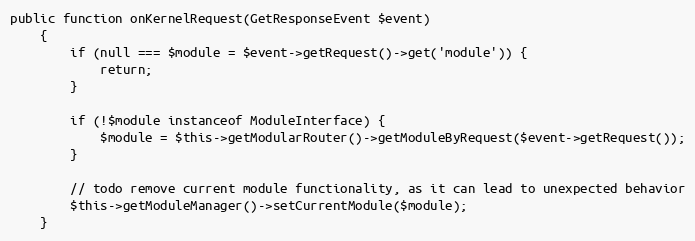
Language: PHP
public function onKernelRequest(GetResponseEvent $event)
    {
        if (null === $module = $event->getRequest()->get('module')) {
            return;
        }

        if (!$module instanceof ModuleInterface) {
            $module = $this->getModularRouter()->getModuleByRequest($event->getRequest());
        }

        // todo remove current module functionality, as it can lead to unexpected behavior
        $this->getModuleManager()->setCurrentModule($module);
    }